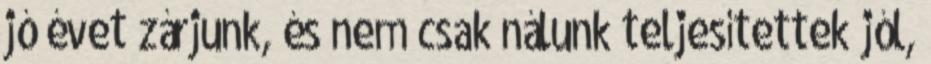
jó évet zárjunk, és nem csak nálunk teljesítettek jól,